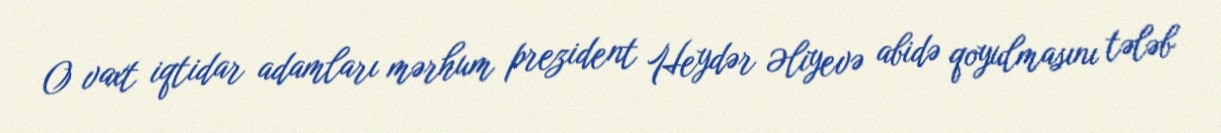
O vaxt iqtidar adamları mərhum prezident Heydər Əliyevə abidə qoyulmasını tələb